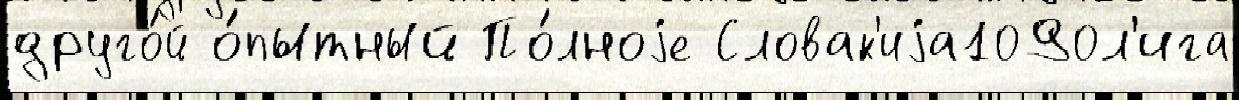
друго́й о́пытный По́лноjе Словак'иjа1090л'ига